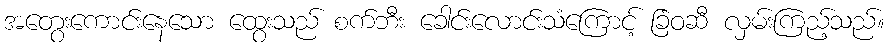
အတွေးကောင်းနေသော ထွေးသည် စက်ဘီး ခေါင်းလောင်းသံကြောင့် ခြံဝဆီ လှမ်းကြည့်သည်။